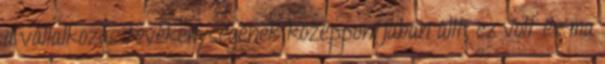
a vállalkozás tevékenységének középpontjában állt, ez volt és ma